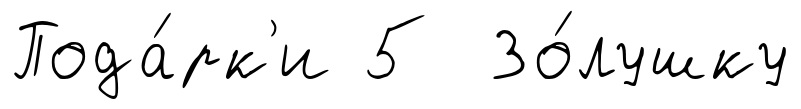
Пода́рк'и 5 Зо́лушку